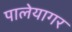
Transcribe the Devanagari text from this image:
पालेयागर